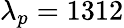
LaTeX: \lambda_{p}=1312